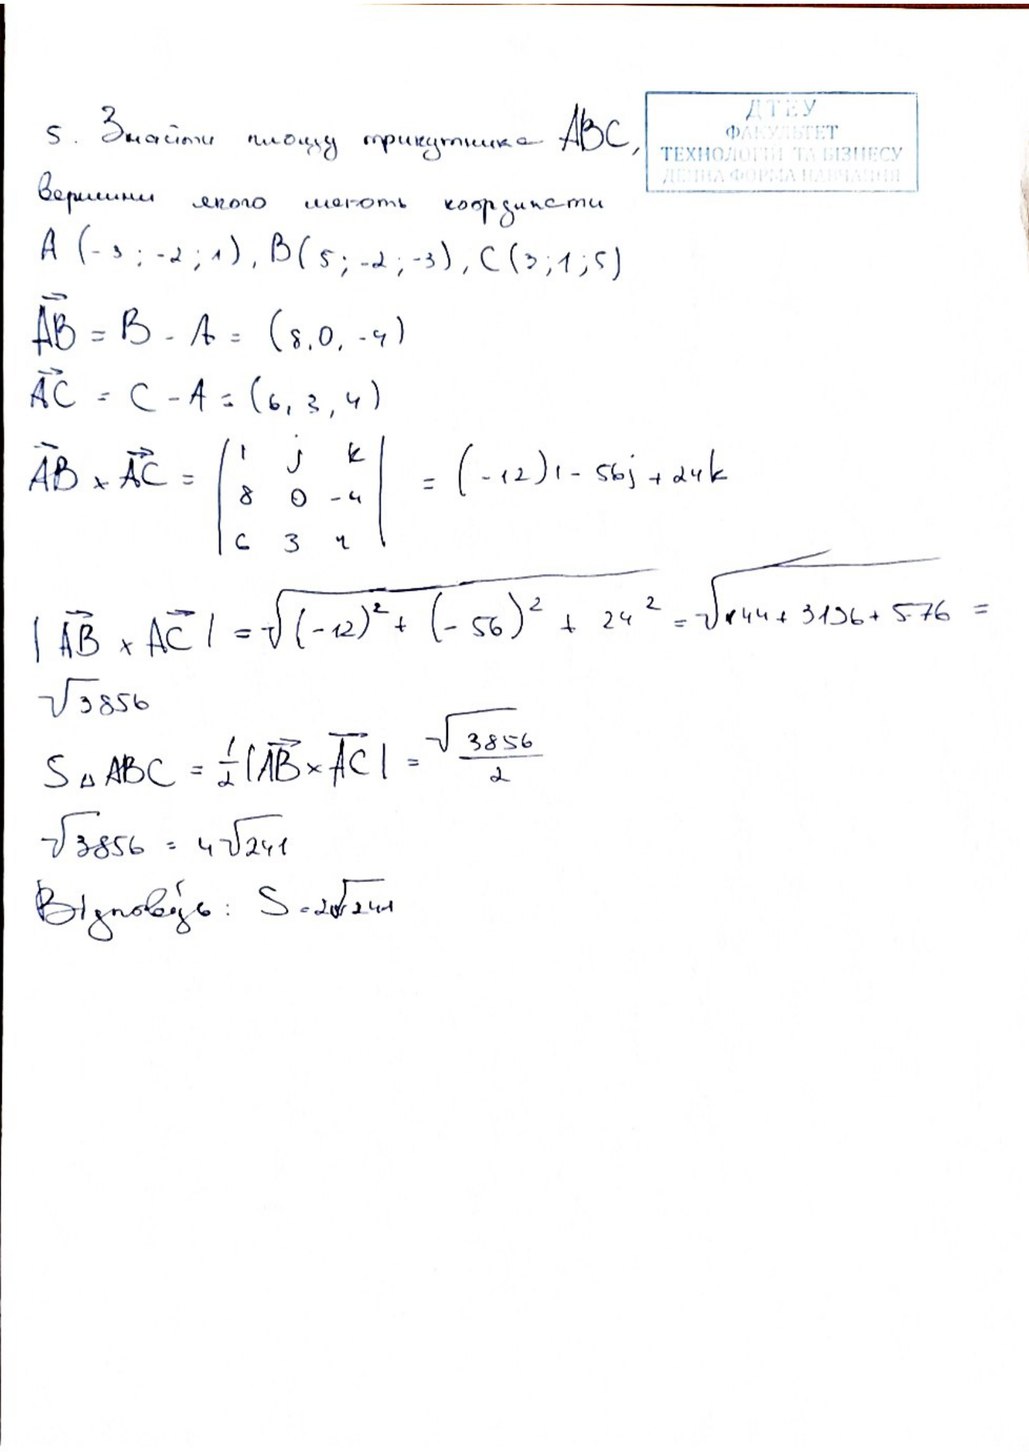
5. Знайти площу трикутника ABC,
вершини якого мають координати
A (-3 ; -2 ; 1), B (5 ; -2 ; -3), C (3 ; 1 ; 5)
\vec{AB} = B - A = (8, 0, -4)
\vec{AC} = C - A = (6, 3, 4)
\vec{AB} \times \vec{AC} = \begin{vmatrix} i & j & k \\ 8 & 0 & -4 \\ 6 & 3 & 4 \end{vmatrix} = (-12)i - 56j + 24k
| \vec{AB} \times \vec{AC} | = \sqrt{(-12)^2 + (-56)^2 + 24^2} = \sqrt{144 + 3136 + 576} = \sqrt{3856}
S_{\triangle ABC} = \frac{1}{2} |\vec{AB} \times \vec{AC}| = \frac{\sqrt{3856}}{2}
\sqrt{3856} = 4 \sqrt{241}
\text{Відповідь: } S = 2\sqrt{241}